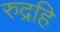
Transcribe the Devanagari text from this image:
रुद्रहि